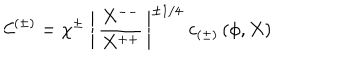
LaTeX: \mathcal { C } ^ { ( \pm ) } = \chi ^ { \pm } \; \left\vert \, \frac { X ^ { -- } } { X ^ { + + } } \, \right\vert ^ { \pm 1 / 4 } \; c _ { ( \pm ) } \, ( \phi , X )